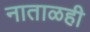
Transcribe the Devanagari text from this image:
नाताळही